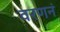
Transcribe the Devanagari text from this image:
वरणनं